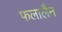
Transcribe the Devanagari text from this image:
फलालैन